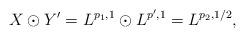
LaTeX: \begin{align*}X\odot Y'=L^{p_1,1}\odot L^{p',1}=L^{p_2,1/2},\end{align*}